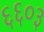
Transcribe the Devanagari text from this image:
६६०३